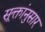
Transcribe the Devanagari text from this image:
सूक्तांनुसार